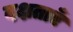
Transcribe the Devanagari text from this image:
दक्षताएँ